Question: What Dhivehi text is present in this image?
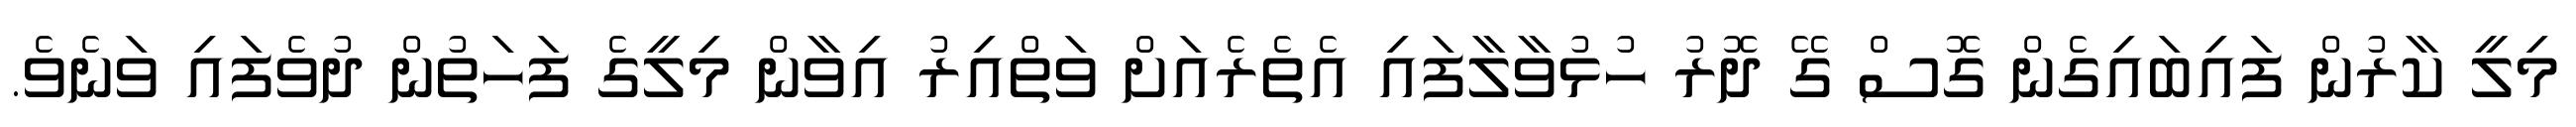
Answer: މިލީ ކާރުން ފައިބައިގެން ގޮސް ގޭ ދޮރު ހުޅުވާލާފައި އެތެރެއަށް ވަތްއިރު އިވާން މިލީގެ ފަހަތުން ދުވެފައި ވަނެވެ.